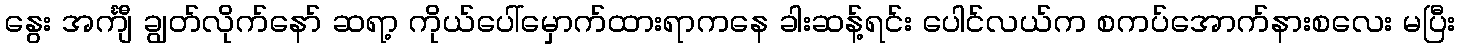
နွေး အင်္ကျီ ချွတ်လိုက်နော် ဆရာ့ ကိုယ်ပေါ်မှောက်ထားရာကနေ ခါးဆန့်ရင်း ပေါင်လယ်က စကပ်အောက်နားစလေး မပြီး